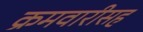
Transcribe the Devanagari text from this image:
क्रमवारीसह